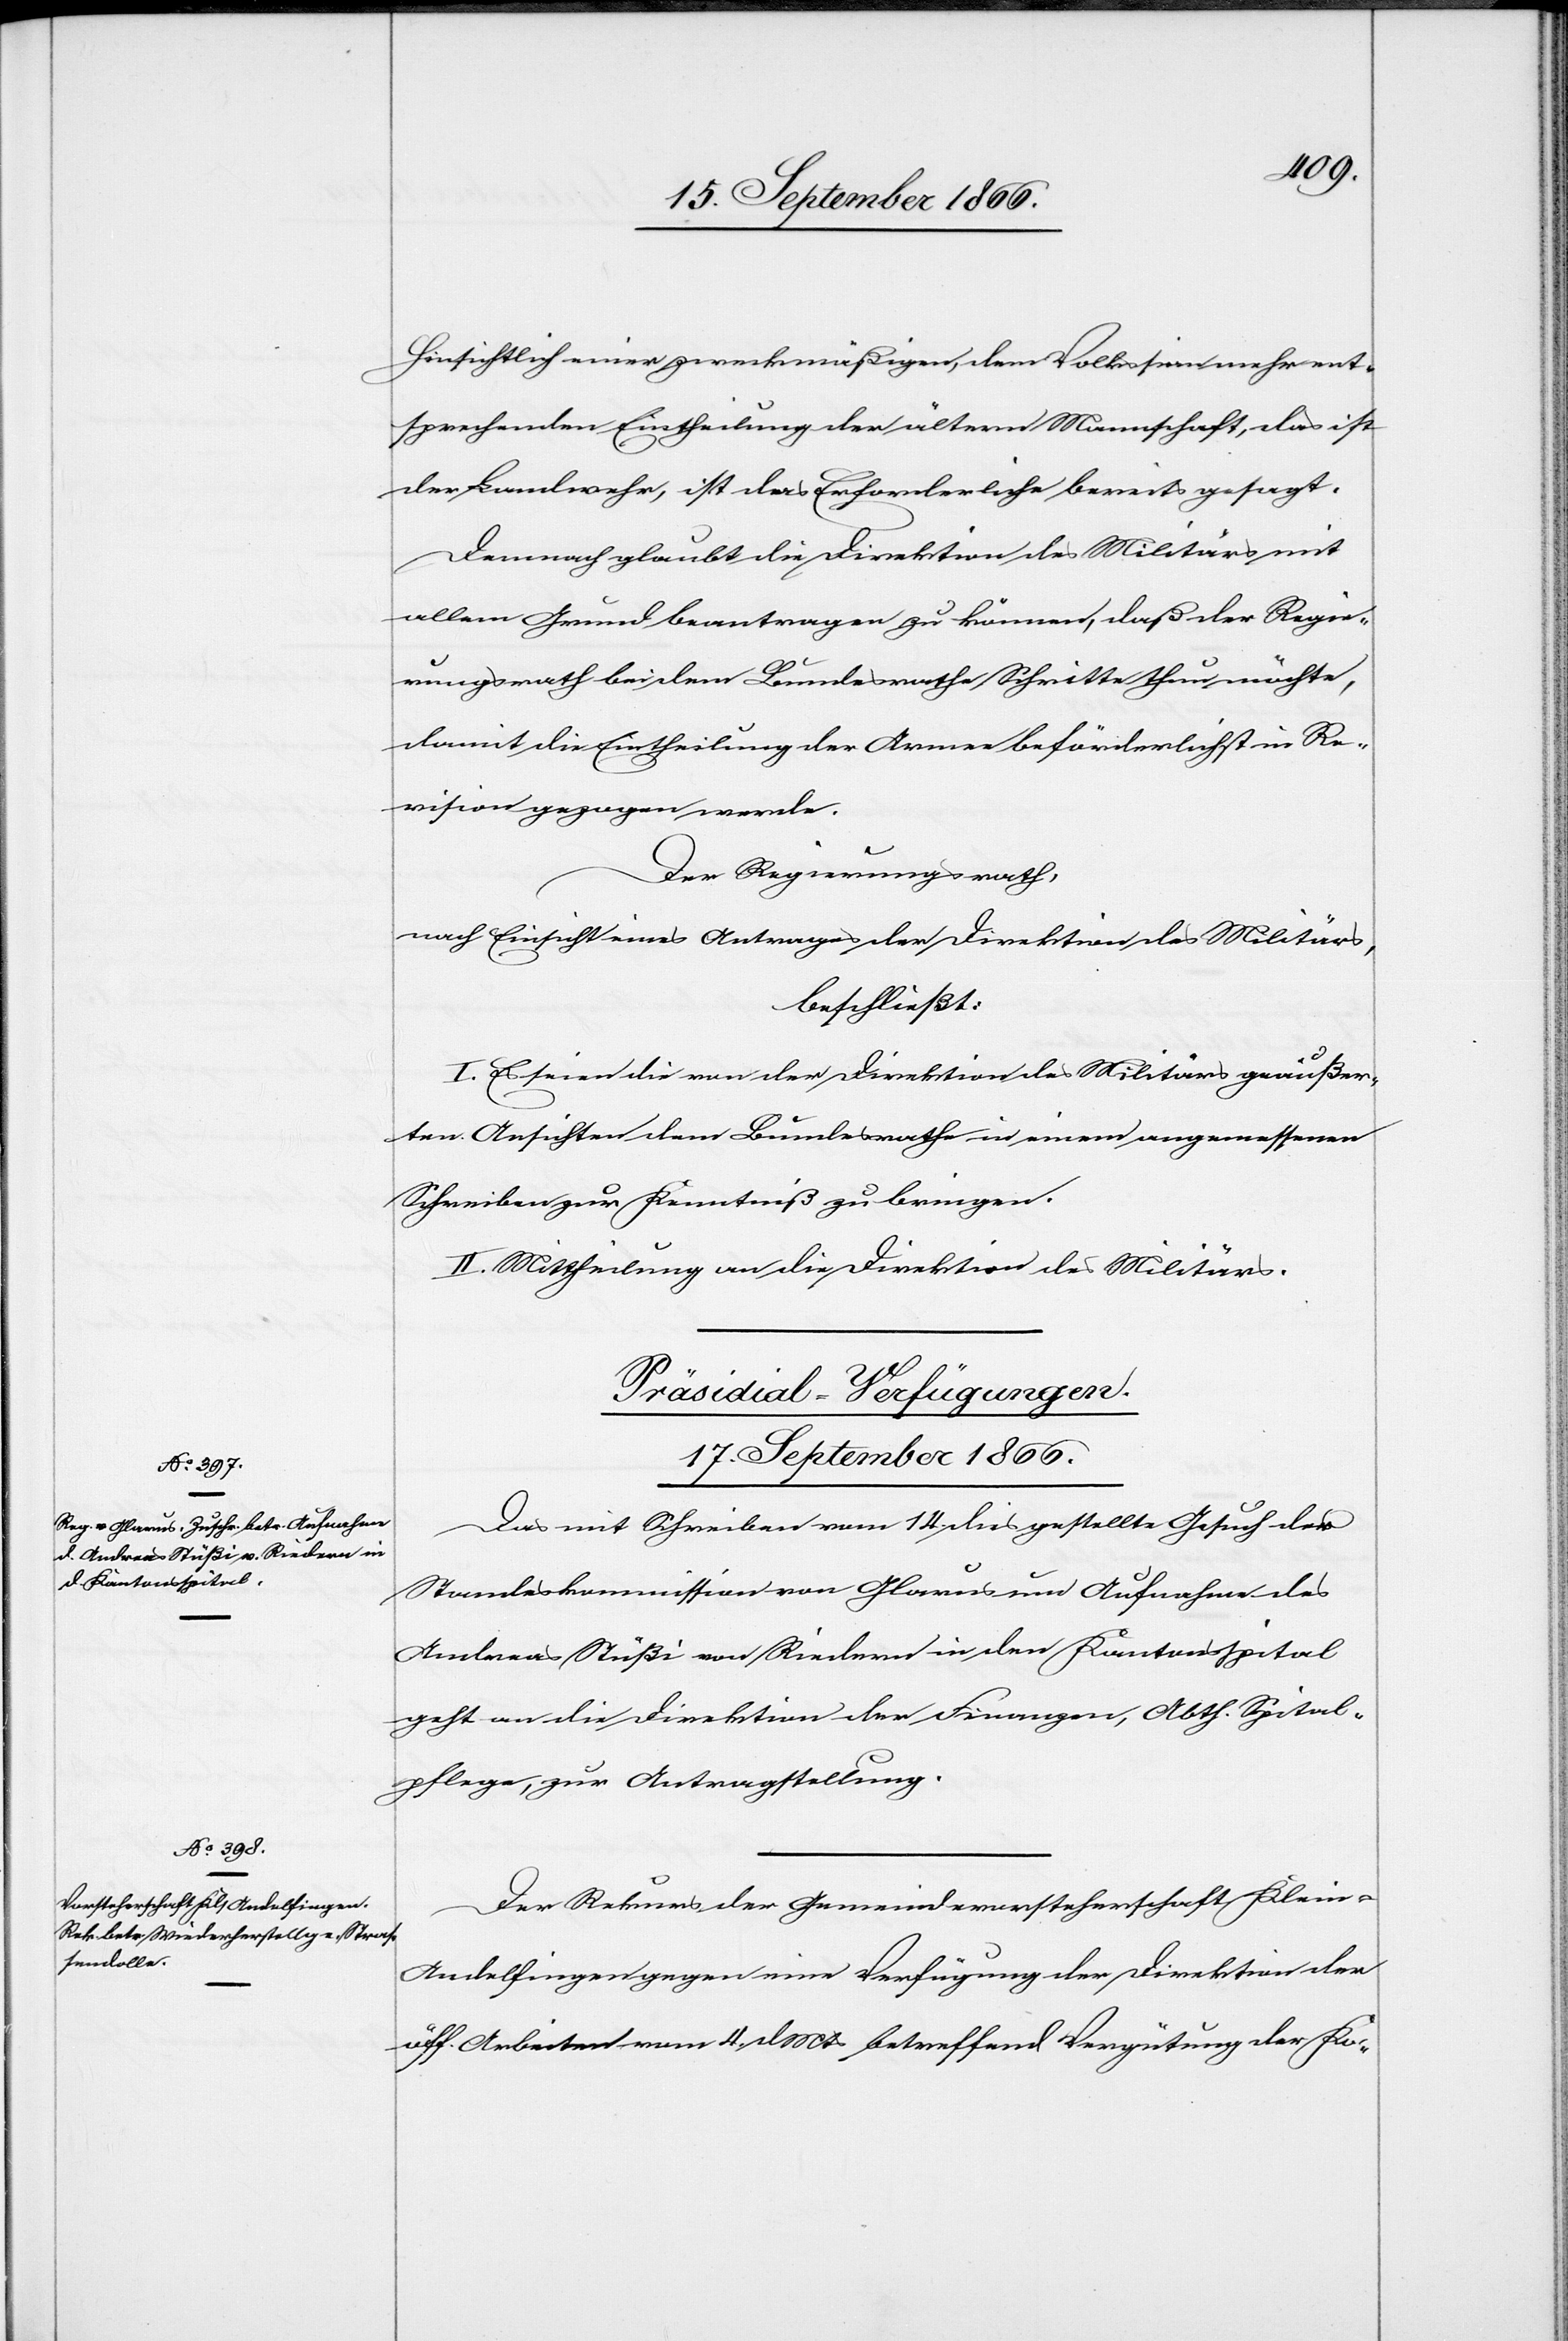
Hinsichtlich einer zweckmäßigen, dem Volkssinn mehr ent¬
sprechenden Eintheilung der ältern Mannschaft, das ist
der Landwehr, ist das Erforderliche bereits gesagt.
Demnach glaubt die Direktion des Militärs mit
allem Grund beantragen zu können, daß der Regie¬
rungsrath bei dem Bundesrathe Schritte thun möchte,
damit die Eintheilung der Armee beförderlich in Re¬
vision gezogen werde.
Der Regierungsrath,
nach Einsicht eines Antrages der Direktion des Militärs,
beschließt:
I. Es seien die von der Direktion der Militärs geäußer¬
ten Ansichten dem Bundesrathe in einem angemessenen
Schreiben zur Kenntniß zu bringen.
II. Mittheilung an die Direktion des Militärs.
[Präsidial-Verfügungen.
17. September 1866.]
Das mit Schreiben vom 14. dies gestellte Gesuch der
Standeskommission von Glarus um Aufnahme des
Andreas Stüße von Riedern in den Kantonsspital
geht an die Direktion der Finanzen, Abth. Spital¬
pflege, zur Antragstellung.
Der Rekurs der Gemeindevorsteherschaft Klein-A¬
ndelfingen gegen eine Verfügung der Direktion der
öff. Arbeiten vom 4. dMts betreffend Vergütung der Ko-